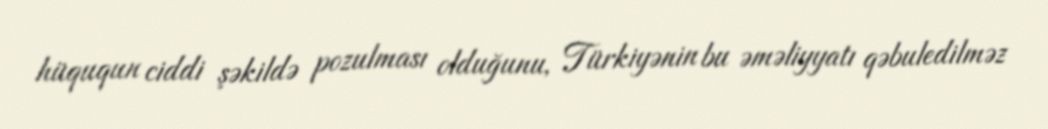
hüququn ciddi şəkildə pozulması olduğunu, Türkiyənin bu əməliyyatı qəbuledilməz